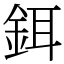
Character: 鉺